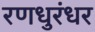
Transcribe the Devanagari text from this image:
रणधुरंधर